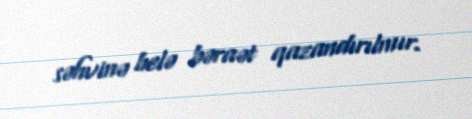
səhvinə belə bəraət qazandırılmır.